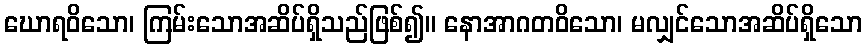
ဃောရဝိသော၊ ကြမ်းသောအဆိပ်ရှိသည်ဖြစ်၍။ နောအာဂတဝိသော၊ မလျှင်သောအဆိပ်ရှိသော